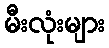
မီးလုံးများ